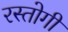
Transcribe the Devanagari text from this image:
रस्‍तोगी